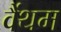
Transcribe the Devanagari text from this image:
वैंथम